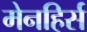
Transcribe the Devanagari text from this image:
मेनहिर्स